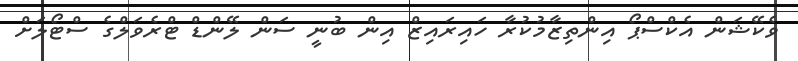
ވެކޭޝަން އެކްސްޕޯ އިންތިޒާމުކުރާ ހައިރައިޒް އިން ބުނީ ސަން ލޭންޑް ޓްރެވަލްގެ ސްޓޯލަށް